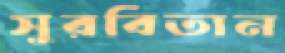
সুরবিতান